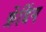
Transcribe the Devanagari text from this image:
फ्रेंडिंग